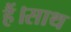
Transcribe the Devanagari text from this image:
हैं।साथ